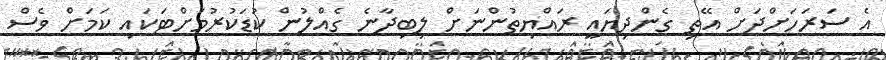
އެ ސަރަހަށްދަށް އޭތި ގެންދިޔައީ ރައްޔިތުންނަށް ލިބިދާނެ ގެއްލުން ކުޑަކުރުމަށްޓަކައި ކަމަށް ވެސް